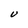
Character: U